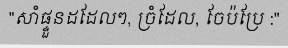
"សាំផ្ទួនដដែលៗ, ច្រំដែល, ចែប៉ប្រែ :"